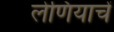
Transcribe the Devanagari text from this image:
लेणियाचें